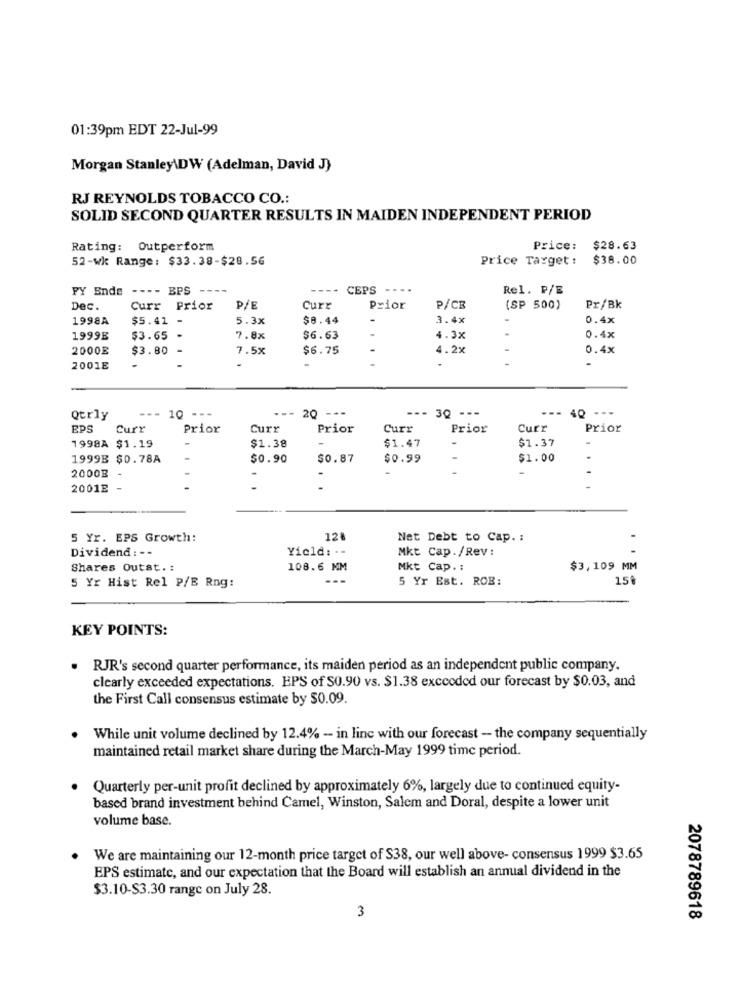
01:39pm EDT 22-Jul-99
Morgan Stanley\DW (Adelman, David J)
RJ REYNOLDS TOBACCO CO .:
SOLID SECOND QUARTER RESULTS IN MAIDEN INDEPENDENT PERIOD
Rating: Outperform
Price: $28.63
52-wk Range: $33.38-$28.56
Price Target: $38.00
FY Bnde --- - BPS ----
---- CEPS ---.
Rel. P/E
Dec.
Curr Prior
P/E
Curr
Prior
P/CE
(SP 500)
Pr/Bk
1998A
$5.41
5.3x
$8.44
3.4x
0.4x
1999E
$3.65
7.8x
$6.63
4.3x
0.4x
2000E
$3.80
7.5x
$6.75
4.2%
...
0.4x
.
-
-
2001E
-- 20 ---
--- 30 ---
--- 40
---
Qtrly
--- 10 ---
EPS
Curr
Prior
Curr
Prior
Curr
Prior
Curr
Prior
1998A $1.19
$1.37
$1.38
$1.47
1999B $0.78A
$0.90
$0.87
$0.99
$1.00
2000B -
2001E -
5 Yr. EPS Growth:
128
Net Debt to Cap. :
Dividend: --
Yield: --
Mkt Cap./Rev:
Shares Outst .:
108.6 MM
Mkt Cap. :
$3,109 MM
5 Yr Est. ROB:
15º
5 Yr Hist Rel P/E Rng:
KEY POINTS:
RJR's second quarter performance, its maiden period as an independent public company.
clearly exceeded expectations. EPS of S0.90 vs. $1.38 exccoded our forecast by $0.03, and
the First Call consensus estimate by $0.09.
While unit volume declined by 12.4% - in line with our forecast - the company sequentially
maintained retail market share during the March-May 1999 time period.
Quarterly per-unit profit declined by approximately 6%, largely due to continued equity-
based brand investment behind Camel, Winston, Salem and Doral, despite a lower unit
volume base.
We are maintaining our 12-month price target of S38, our well above- consensus 1999 $3.65
EPS estimate, and our expectation that the Board will establish an annual dividend in the
$3.10-$3.30 range on July 28.
3
2078789618